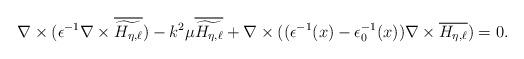
LaTeX: \begin{align*}\nabla\times(\epsilon^{-1}\nabla\times\overline{\widetilde{H_{\eta,\ell}}})-k^{2}\mu\overline{\widetilde{H_{\eta,\ell}}}+\nabla\times((\epsilon^{-1}(x)-\epsilon_{0}^{-1}(x))\nabla\times\overline{H_{\eta,\ell}})=0.\end{align*}